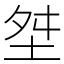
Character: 㘶